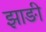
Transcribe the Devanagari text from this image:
झाङी